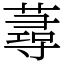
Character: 蕁